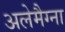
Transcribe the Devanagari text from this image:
अलेमैग्ना